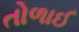
તોળાઈ